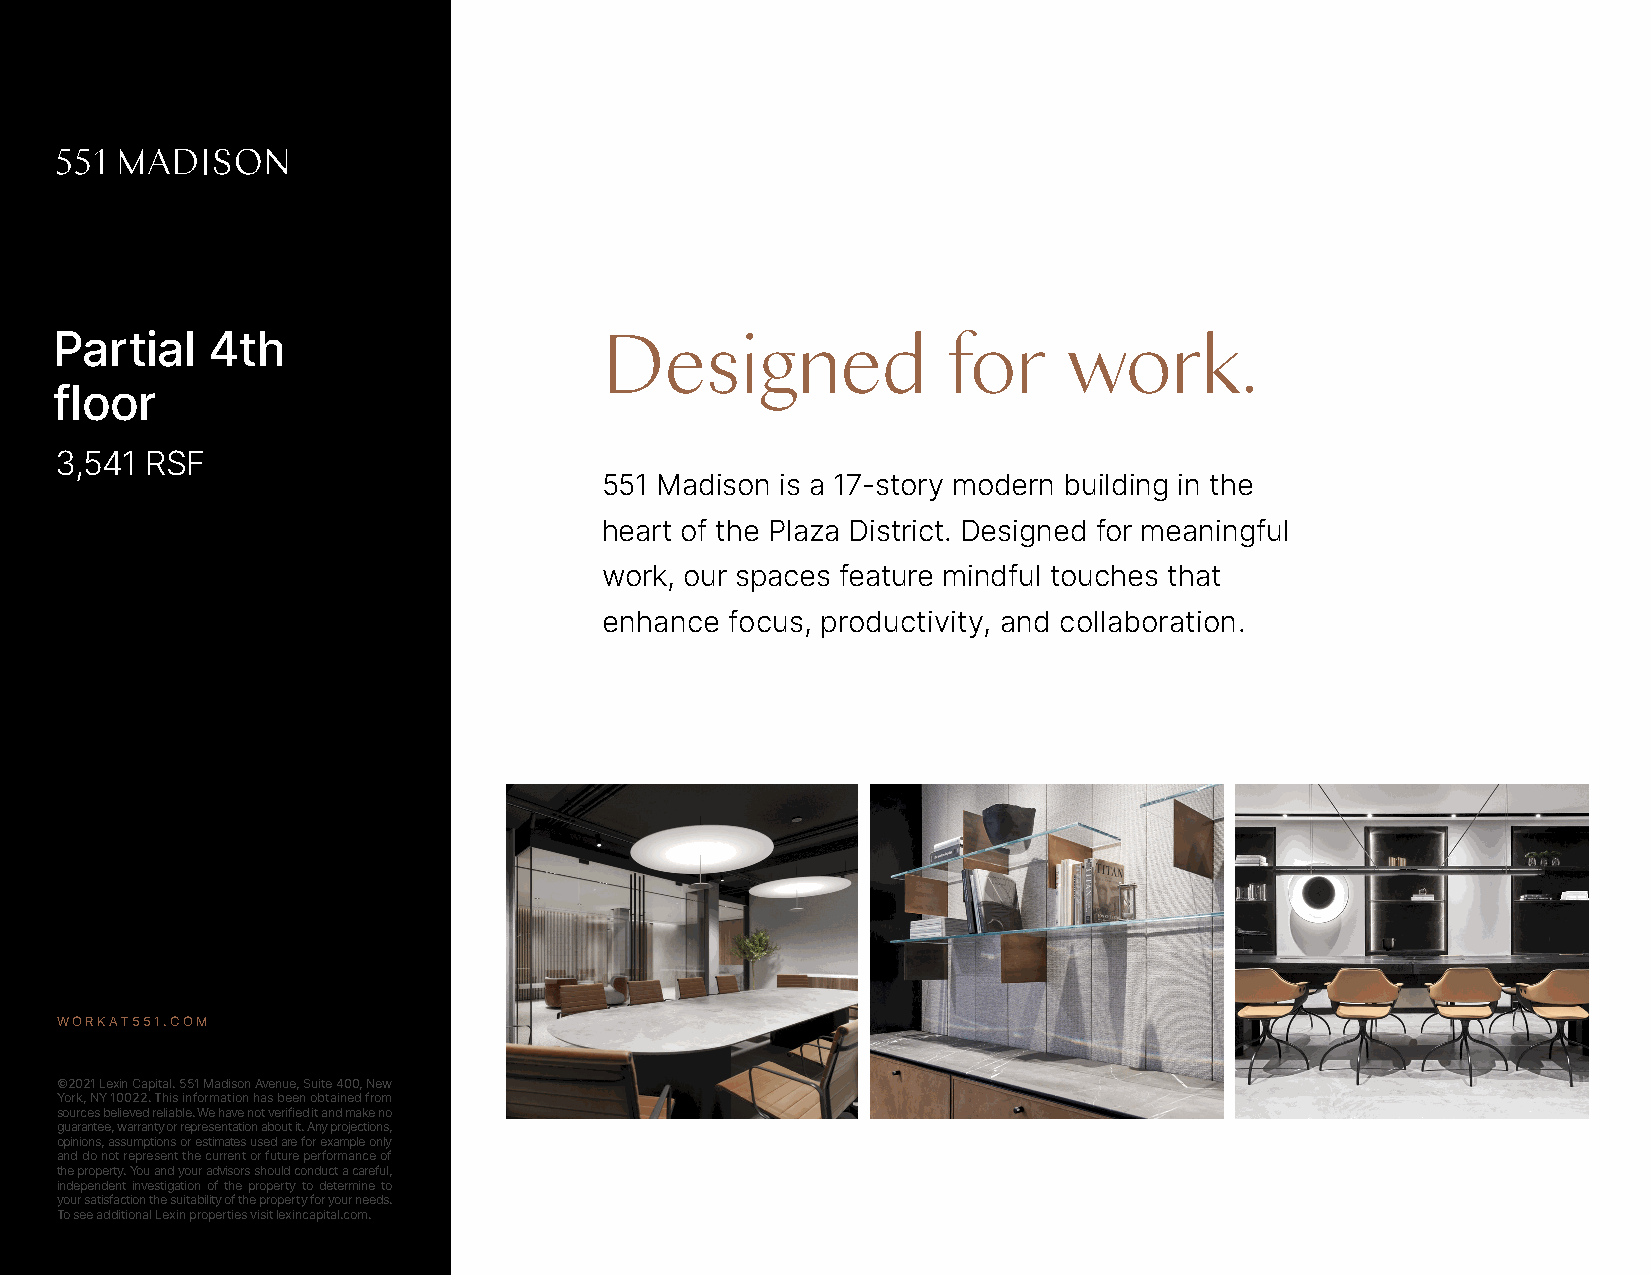
Partial    4th                       Designed               for     work.
 floor
 3,541 RSF
 551 Madison is a 17-story modern building in the
 heart of the Plaza District. Designed for meaningful
 work, our spaces feature mindful touches that
 enhance focus, productivity, and collaboration.
 WORKAT551.COM
 ©2021 Lexin Capital. 551 Madison Avenue, Suite 400, New
 York, NY 10022. This information has been obtained from
 sources believed reliable. We have not verified it and make no
 guarantee, warranty or representation about it. Any projections,
 opinions, assumptions or estimates used are for example only
 and do not represent the current or future performance of
 the property. You and your advisors should conduct a careful,
 independent investigation of the property to determine to
 your satisfaction the suitability of the property for your needs.
 To see additional Lexin properties visit lexincapital.com.